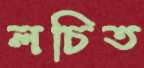
লচিত